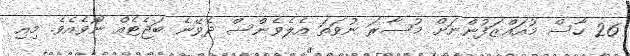
26 ހާސް މުއައްޒަފުންނަށް މުސާރަ ނުވަތަ އެލެވެންސް ދެވޭނެ ބަޖެޓެއް ނޯވެއެވެ. މިއި